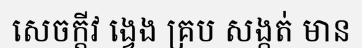
សេចក្តីវ ង្វេង គ្រប សង្កត់ មាន